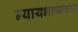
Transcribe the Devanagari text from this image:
न्यायभाष्यकार